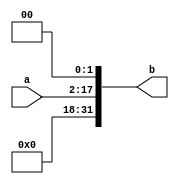
`timescale 1ns / 1ps
//////////////////////////////////////////////////////////////////////////////////
// Company: 
// Engineer: 
// 
// Design Name: 
// Module Name: ext18
// Project Name: 
// Target Devices: 
// Tool Versions: 
// Description: 
// 
// Dependencies: 
// 
// Revision:
// Revision 0.01 - File Created
// Additional Comments:
// 
//////////////////////////////////////////////////////////////////////////////////



module ext18#(parameter DEPTH=18)(
    input [DEPTH-3:0] a,
    output reg [31:0] b
    );
    always@(a)
    begin
      if(a[DEPTH-1] == 1)
            begin 
                b[31:0] = 32'hffffffff;
                b[DEPTH-1:0] = a[DEPTH-3:0]<<2;
            end
            else
            begin 
                b[31:0] = 32'h00000000;
                b[DEPTH-1:0] = a[DEPTH-3:0]<<2;
            end
    end
endmodule